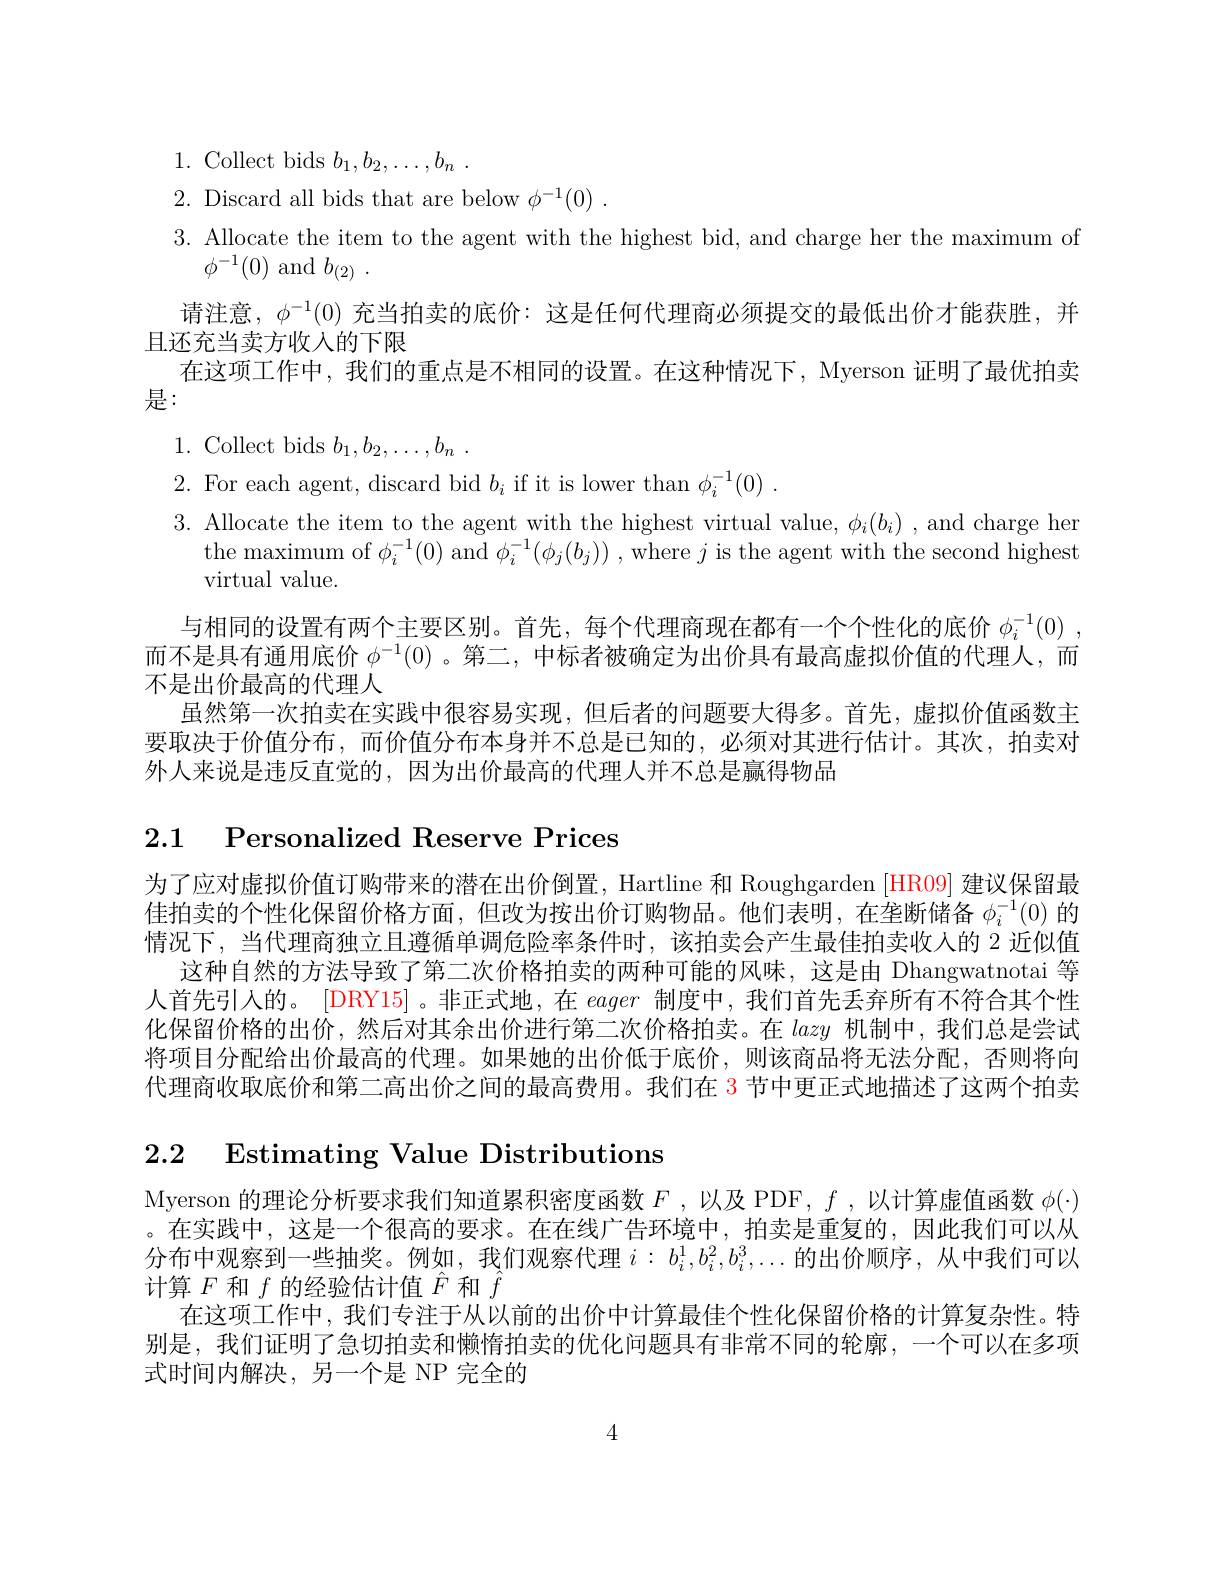
1.Collect bids $b_1, b_2, \ldots , b_n$ .
2. Discard all bids that are below $\phi ^- 1( 0)$ .
3. Allocate the item to the agent with the highest bid, and charge her the maximum of
$\phi^{-1}(0)$ and $b_( 2)$ .
请注意，$\phi^{-1}(0)$充当拍卖的底价：这是任何代理商必须提交的最低出价才能获胜，并
且还充当卖方收入的下限
在这项工作中，我们的重点是不相同的设置。在这种情况下，Myerson 证明了最优拍卖
是：
1. Collect bids $b_1, b_2, \ldots , b_n$ .
2. For each agent, discard bid $b_i$ if it is lower than $\phi _i^- 1( 0)$ .
3. Allocate the item to the agent with the highest virtual value, $\phi_i(b_i)$, and charge her
the maximum of $\phi_i^{-1}(0)$ and $\phi_i^{-1}(\phi_j(b_j))$ , where $j$ is the agent with the second highest
virtual value.
与相同的设置有两个主要区别。首先，每个代理商现在都有一个个性化的底价$\phi _i^{- 1}( 0)$ , 而不是具有通用底价$\phi^{-1}(0)$ 。第二，中标者被确定为出价具有最高虚拟价值的代理人，而不是出价最高的代理人
虽然第一次拍卖在实践中很容易实现，但后者的问题要大得多。首先，虚拟价值函数主要取决于价值分布，而价值分布本身并不总是已知的，必须对其进行估计。其次，拍卖对外人来说是违反直觉的，因为出价最高的代理人并不总是赢得物品

# 2.1 Personalized Reserve Prices

为了应对虚拟价值订购带来的潜在出价倒置，Hartline 和 Roughgarden [HR09] 建议保留最佳拍卖的个性化保留价格方面，但改为按出价订购物品。他们表明，在垄断储备$\phi_i^{-1}(0)$的情况下，当代理商独立且遵循单调危险率条件时，该拍卖会产生最佳拍卖收入的 2 近似值
这种自然的方法导致了第二次价格拍卖的两种可能的风味，这是由 Dhangwatnotai 等人首先引入的。[DRY15]。非正式地，在eager制度中，我们首先丢弃所有不符合其个性化保留价格的出价，然后对其余出价进行第二次价格拍卖。在lazy机制中，我们总是尝试将项目分配给出价最高的代理。如果她的出价低于底价，则该商品将无法分配，否则将向代理商收取底价和第二高出价之间的最高费用。我们在 3 节中更正式地描述了这两个拍卖

2.2 Estimating Value Distributions

Myerson 的理论分析要求我们知道累积密度函数$F$,以及 PDF, $f$,以计算虚值函数$\phi(\cdot)$ 。在实践中，这是一个很高的要求。在在线广告环境中，拍卖是重复的，因此我们可以从分布中观察到一些抽奖。例如，我们观察代理$i:b_i^1,b_i^2,b_i^3,\ldots$的出价顺序，从中我们可以计算$F$和$f$的经验估计值$\hat{F}$和$\hat{f}$
在这项工作中，我们专注于从以前的出价中计算最佳个性化保留价格的计算复杂性。特别是，我们证明了急切拍卖和懒惰拍卖的优化问题具有非常不同的轮廓，一个可以在多项式时间内解决，另一个是 NP 完全的

4